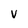
Character: v